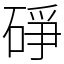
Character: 碀